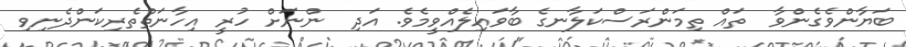
ބަޔާންވެގެންވާ  ތައް ތިމަންރަސްކަލާނގެ ބާވައިލެއްވީމެވެ. އަދި  ންނަށް ހުރީ އިހާނަތްތެރިކަންދެނިވި